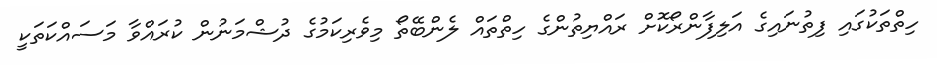
ހިތްތަކުގައި ފިތުނައިގެ އަލިފާންރޯކޮށް ރައްޔިތުންގެ ހިތްތައް ލެންބޭތޯ މިވެރިކަމުގެ ދުޝްމަނުން ކުރައްވާ މަސައްކަތަކީ